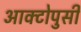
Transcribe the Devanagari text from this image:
आक्टोपुसी